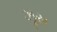
ઝૂસ